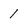
Character: 1